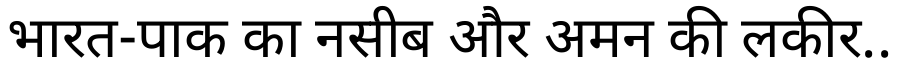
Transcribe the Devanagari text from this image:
भारत-पाक का नसीब और अमन की लकीर..